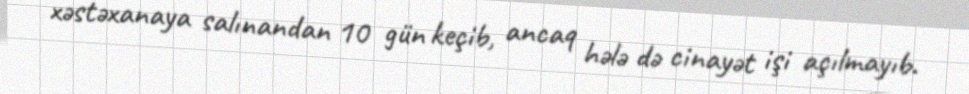
xəstəxanaya salınandan 10 gün keçib, ancaq hələ də cinayət işi açılmayıb.